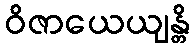
ဝိဇာယေယျန္တိ